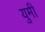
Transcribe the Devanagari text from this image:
युमी